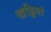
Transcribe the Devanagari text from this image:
खड्डियां